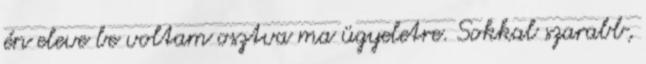
én eleve be voltam osztva ma ügyeletre. Sokkal szarabb,